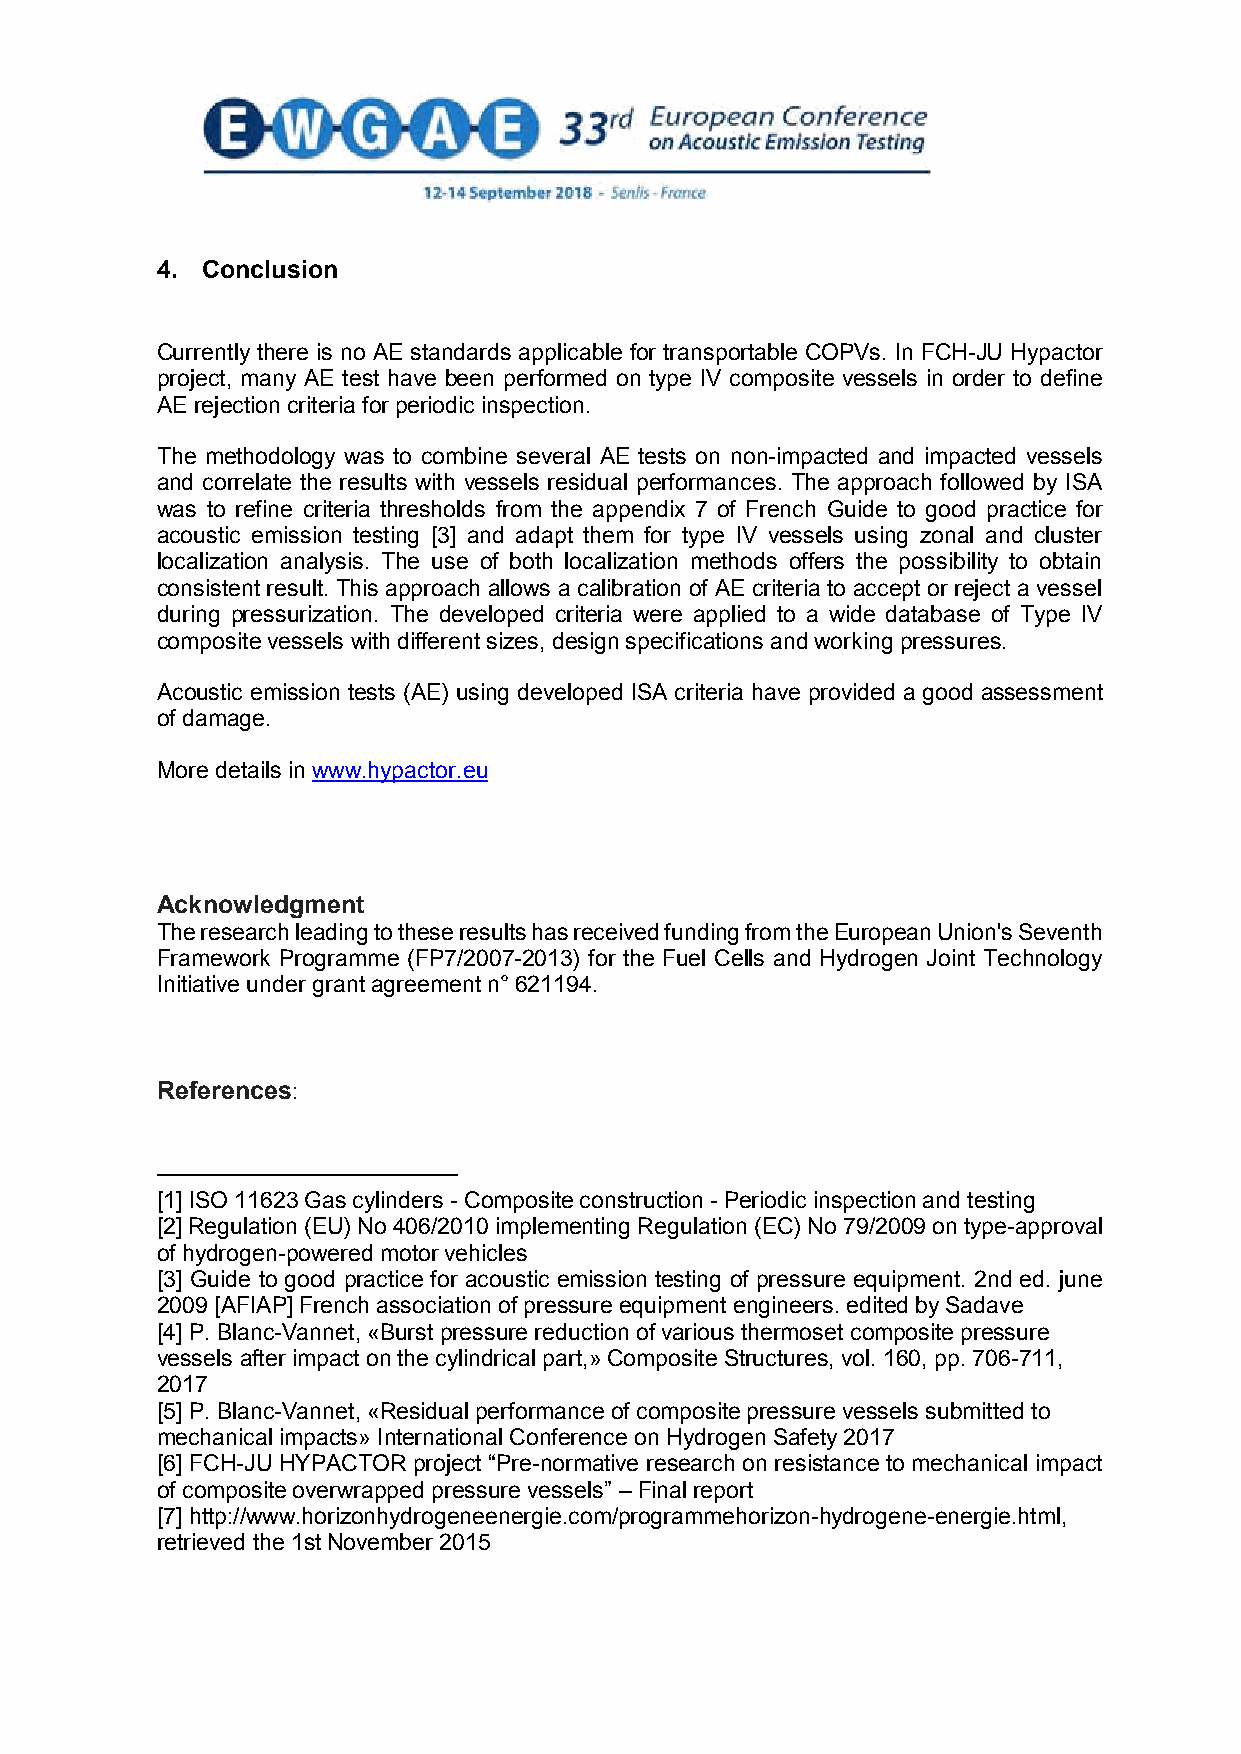
4. Conclusion
 Currently there is no AE standards applicable for transportable COPVs. In FCH-JU Hypactor
 project, many AE test have been performed on type IV composite vessels in order to define
 AE rejection criteria for periodic inspection.
 The methodology was to combine several AE tests on non-impacted and impacted vessels
 and correlate the results with vessels residual performances. The approach followed by ISA
 was to refine criteria thresholds from the appendix 7 of French Guide to good practice for
 acoustic emission testing [3] and adapt them for type IV vessels using zonal and cluster
 localization analysis. The use of both localization methods offers the possibility to obtain
 consistent result. This approach allows a calibration of AE criteria to accept or reject a vessel
 during pressurization. The developed criteria were applied to a wide database of Type IV
 composite vessels with different sizes, design specifications and working pressures.
 Acoustic emission tests (AE) using developed ISA criteria have provided a good assessment
 of damage.
 More details in www.hypactor.eu
 Acknowledgment
 The research leading to these results has received funding from the European Union's Seventh
 Framework Programme (FP7/2007-2013) for the Fuel Cells and Hydrogen Joint Technology
 Initiative under grant agreement n° 621194.
 References:
 [1] ISO 11623 Gas cylinders - Composite construction - Periodic inspection and testing
 [2] Regulation (EU) No 406/2010 implementing Regulation (EC) No 79/2009 on type-approval
 of hydrogen-powered motor vehicles
 [3] Guide to good practice for acoustic emission testing of pressure equipment. 2nd ed. june
 2009 [AFIAP] French association of pressure equipment engineers. edited by Sadave
 [4] P. Blanc-Vannet, «Burst pressure reduction of various thermoset composite pressure
 vessels after impact on the cylindrical part,» Composite Structures, vol. 160, pp. 706-711,
 2017
 [5] P. Blanc-Vannet, «Residual performance of composite pressure vessels submitted to
 mechanical impacts» International Conference on Hydrogen Safety 2017
 [6] FCH-JU HYPACTOR project “Pre-normative research on resistance to mechanical impact
 of composite overwrapped pressure vessels” – Final report
 [7] http://www.horizonhydrogeneenergie.com/programmehorizon-hydrogene-energie.html,
 retrieved the 1st November 2015
 11